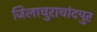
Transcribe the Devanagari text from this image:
जिलाचुराचांदपुर